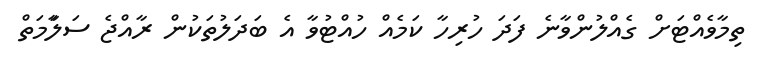
ތިމާވެއްޓަށް ގެއްލުންވާނެ ފަދަ ހުރިހާ ކަމެއް ހުއްޓުވާ އެ ބަދަލުތަކުން ރާއްޖެ ސަލަާމަތް